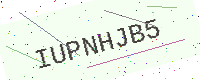
Text: IUPNHJB5